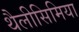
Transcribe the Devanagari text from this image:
थैलीसिमिया